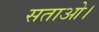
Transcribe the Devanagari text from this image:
सताओ।